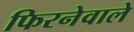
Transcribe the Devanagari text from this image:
फिरनेवाले